On the importance of larval characters in the classification of mosquitoes - Number 25
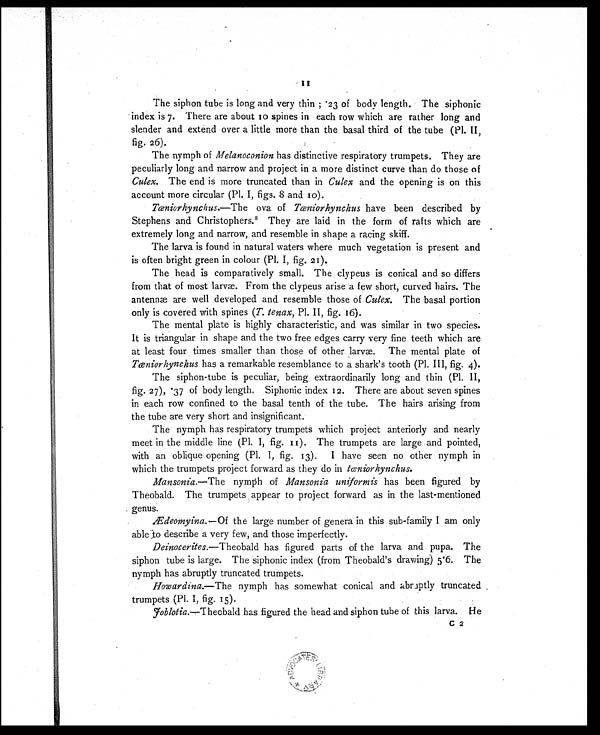
The siphon tube is long and very thin ; .23 of body length. The siphonic
index is 7. There are about 10 spines in each row which are rather long and
slender and extend over a little more than the basal third of the tube (Pl. II,
fig. 26).
The nymph of Melanoconion has distinctive respiratory trumpets. They are
peculiarly long and narrow and project in a more distinct curve than do those of
Culex. The end is more truncated than in Culex and the opening is on this
account more circular (Pl. I, figs. 8 and 10).
Tæniorhynchus.—The ova of Tæniorhynchus have been described by
Stephens and Christophers. 8 They are laid in the form of rafts which are
extremely long and narrow, and resemble in shape a racing skiff.
The larva is found in natural waters where much vegetation is present and
is often bright green in colour (P1. I, fig. 21 ).
The head is comparatively small. The clypeus is conical and so differs
from that of most larvæ. From the clypeus arise a few short, curved hairs. The
antennæ are well developed and resemble those of Culex. The basal portion
only is covered with spines (T. tenax, Pl. II, fig. 16).
The mental plate is highly characteristic, and was similar in two species.
It is triangular in shape and the two free edges carry very fine teeth which are
at least four times smaller than those of other. larvæ. The mental plate of
Tæniorhynchus has a remarkable resemblance to a shark's tooth (Pl. III, fig. 4).
The siphon-tube is peculiar, being extraordinarily long and thin (Pl. II,
fig. 27), .37 of body length. Siphonic index 12 . There are about seven spines
in each row confined to the basal tenth of the tube. The hairs arising from
the tube are very short and insignificant.
The nymph has respiratory trumpets which project anteriorly and nearly
meet in the middle line (Pl. I, fig . 11). The trumpets are large and pointed,
with an oblique opening (Pl. I, fig. 13). I have seen no other nymph in
which the trumpets project forward as they do in tæniorhynchus.
Mansonia.—The nymph of Mansonia uniformis has been figured by
Theobald. The trumpets appear to project forward as in the last-mentioned
genus.
Ædeomyina.— Of the large number of genera in this sub-family I am only
able to describe a very few, and those imperfectly.
Deinocerites.—Theobald has figured parts of the larva and pupa. The
siphon tube is large. The siphonic index (from Theobald's drawing) 5.6. The
nymph has abruptly truncated trumpets.
Howardina.—The nymph has somewhat conical and abruptly truncated
trumpets (PI. I, fig. 15).
Joblotia.—Theobald has figured the head and siphon tube of this larva. He
C 2